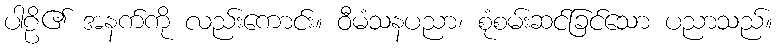
ပါဠိ၏ အနက်ကို လည်းကောင်း။ ဝီမံသနပညာ၊ စုံစမ်းဆင်ခြင်သော ပညာသည်။